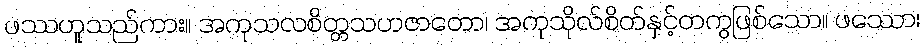
ဖဿဟူသည်ကား။ အကုသလစိတ္တသဟဇာတော၊ အကုသိုလ်စိတ်နှင့်တကွဖြစ်သော။ ဖဿော၊